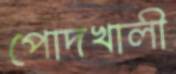
পোদখালী